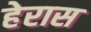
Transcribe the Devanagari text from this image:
हेरास